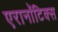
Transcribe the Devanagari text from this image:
एरानाॅटिक्स